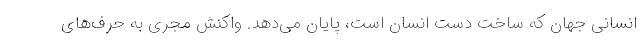
انسانی جهان که ساخت دست انسان است، پایان می‌دهد. واکنش مجری به حرف‌های